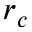
r _ { c }